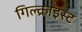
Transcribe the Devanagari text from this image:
गिल्क्राइस्ट